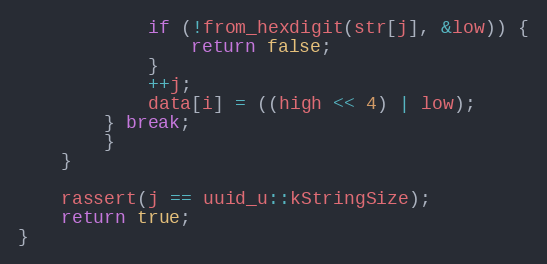
Language: C++
            if (!from_hexdigit(str[j], &low)) {
                return false;
            }
            ++j;
            data[i] = ((high << 4) | low);
        } break;
        }
    }

    rassert(j == uuid_u::kStringSize);
    return true;
}